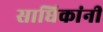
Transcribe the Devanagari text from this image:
साधिकांनी